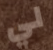
لي